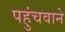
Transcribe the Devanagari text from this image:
पहुंचवाने